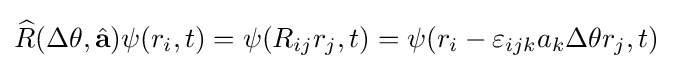
{\widehat {R}}(\Delta \theta ,{\hat {\mathbf {a} }})\psi (r_{i},t)=\psi (R_{ij}r_{j},t)=\psi (r_{i}-\varepsilon _{ijk}a_{k}\Delta \theta r_{j},t)